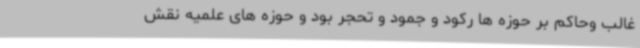
غالب وحاکم بر حوزه ها رکود و جمود و تحجر بود و حوزه های علمیه نقش